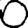
Digit: 0